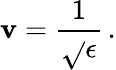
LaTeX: \mathbf{v}={\frac{{1}}{{\sqrt{}{{\epsilon}}}}}\, .